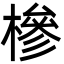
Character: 槮